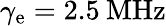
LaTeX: \gamma_{\textrm{e}}=2.5\: \mathrm{\textrm{MHz}}